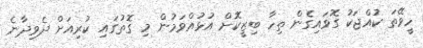
ހީވޭތަ ކުއްޖަކު ގޮވައިގެން ތިހާ ބިޒީކޮށް އުޅުއްވަމުން މި ގޮތުގައި ކުރިއަށް ދެވިދާނެ